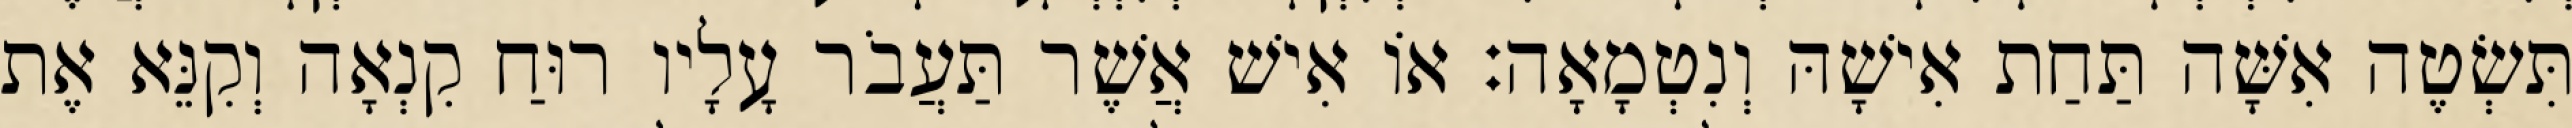
תִּשְׂטֶה אִשָּׁה תַּחַת אִישָׁהּ וְנִטְמָאָה׃ אוֹ אִישׁ אֲשֶׁר תַּעֲבֹר עָלָיו רוּחַ קִנְאָה וְקִנֵּא אֶת